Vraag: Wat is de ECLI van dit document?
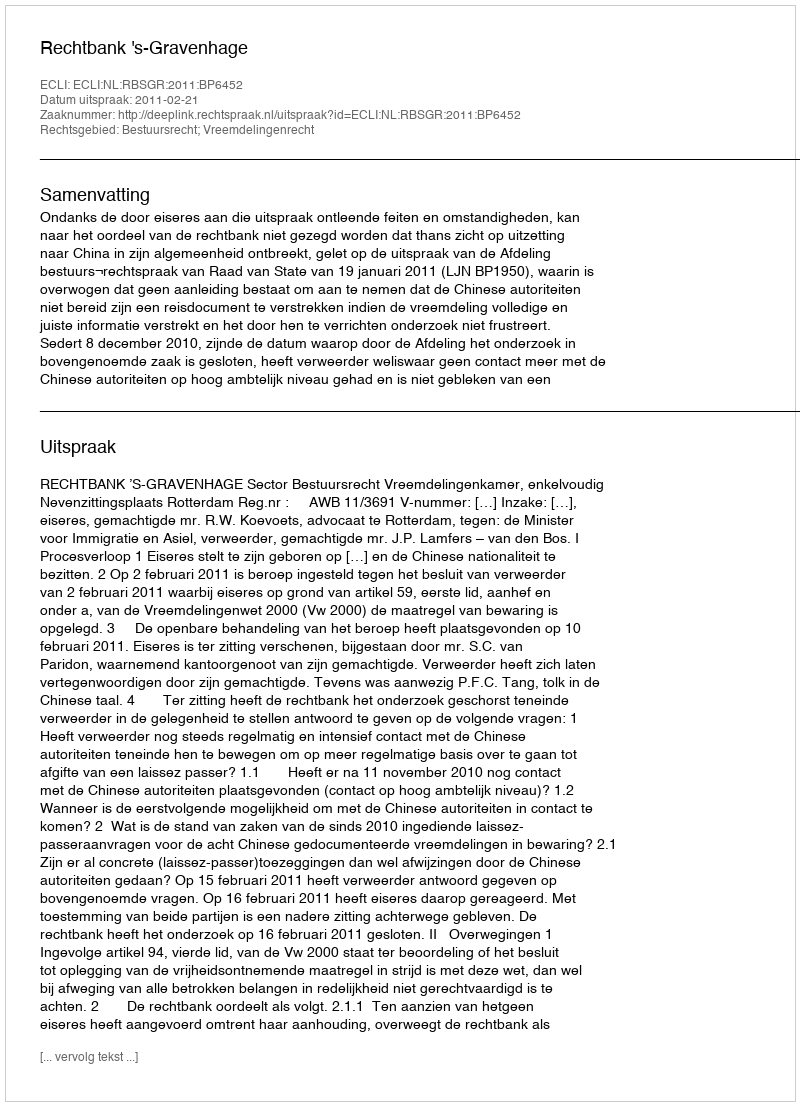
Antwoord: ECLI:NL:RBSGR:2011:BP6452